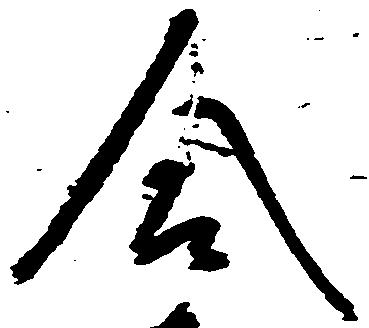
合